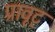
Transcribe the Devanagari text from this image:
प्रावृट्